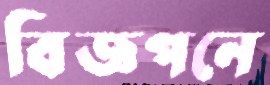
বিজ্ঞপনে